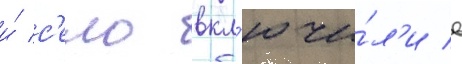
и́ с'ело вкл'ючи́л'и в